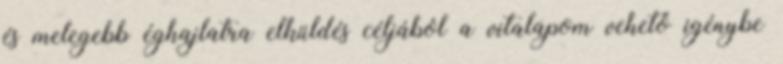
és melegebb éghajlatra elküldés céljából a vitalapom vehető igénybe